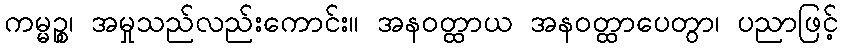
ကမ္မဉ္စ၊ အမှုသည်လည်းကောင်း။ အနဝတ္ထာယ အနဝတ္ထာပေတွာ၊ ပညာဖြင့်